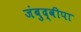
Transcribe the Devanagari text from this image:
जंबुद्वीपा